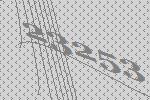
23253